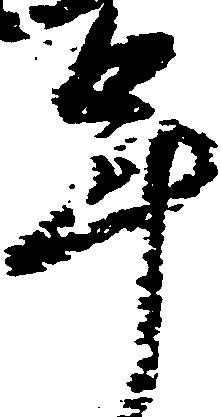
年